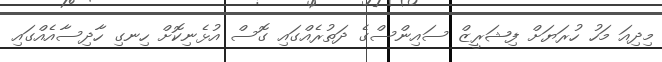
މިދިއަ މަހު ހުރަޔަށް ފިޝަރީޒް ސައިންސްގެ ދަތުރެއްގައި ގޮސް އުޅެނިކޮށް ހިނގި ހާދިސާއެއްގައި